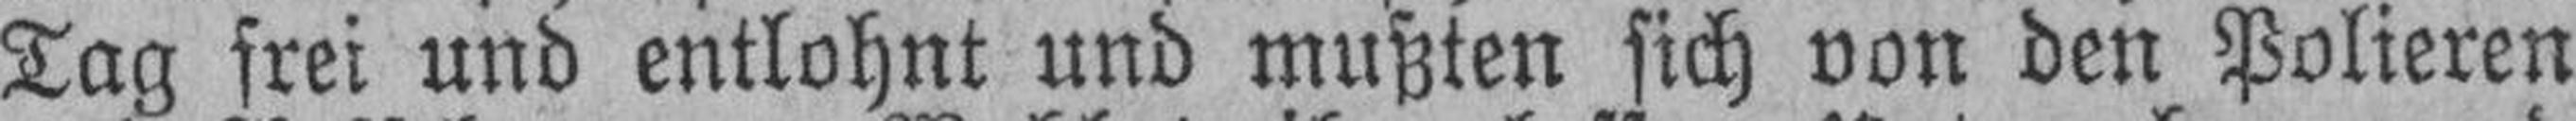
Tag frei und entlohnt und mußten sich von den Polieren